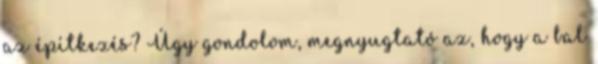
az építkezés? Úgy gondolom, megnyugtató az, hogy a bal